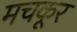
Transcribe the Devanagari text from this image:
मचकूर